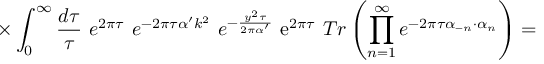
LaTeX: \times \int _ { 0 } ^ { \infty } \frac { d \tau } { \tau } ~ e ^ { 2 \pi \tau } ~ e ^ { - 2 \pi \tau \alpha ^ { \prime } k ^ { 2 } } ~ e ^ { - \frac { y ^ { 2 } \tau } { 2 \pi \alpha ^ { \prime } } } ~ \mathrm { e } ^ { 2 \pi \tau } ~ T r \left( \prod _ { n = 1 } ^ { \infty } e ^ { - 2 \pi \tau \alpha _ { - n } \cdot \alpha _ { n } } \right) =